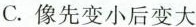
C. 像先变小后变大